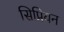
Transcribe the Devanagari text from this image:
सिप्रियन